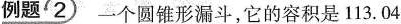
例题2一个圆锥形漏斗，它的容积是113.04